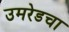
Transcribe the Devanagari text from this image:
उमरेडचा